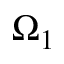
\Omega _ { 1 }